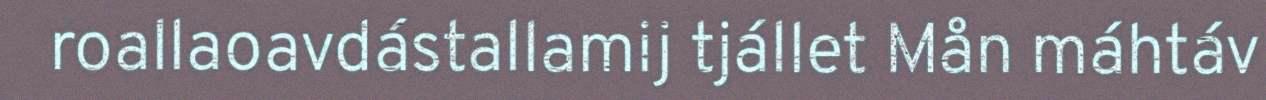
roallaoavdástallamij tjállet Mån máhtáv